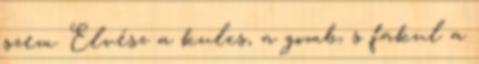
szem. Elvész a kulcs, a gomb, s fakul a